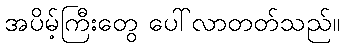
အပိမ့်ကြီးတွေ ပေါ်လာတတ်သည်။